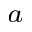
^ a